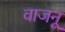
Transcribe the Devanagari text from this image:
वाजनू